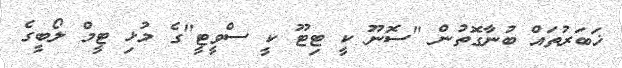
ޚަބަރުތައް ބުނާގޮތުން "ސޮނޫ ކީ ޓިޓޫ ކީ ސްވީޓީ"ގެ މުޅި ޓީމް ލޯބީގެ